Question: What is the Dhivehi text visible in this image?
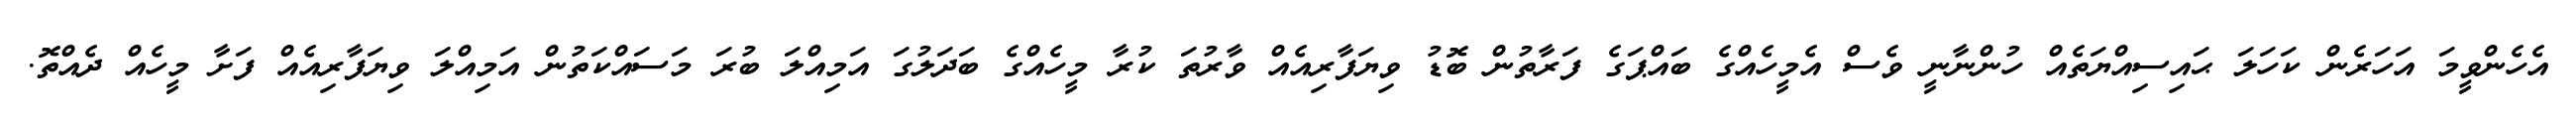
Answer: އެހެންވީމަ އަހަރެން ކަހަލަ ޙައިސިއްޔަތެއް ހުންނާނީ ވެސް އެމީހެއްގެ ބައްޕަގެ ފަރާތުން ބޮޑު ވިޔަފާރިއެއް ވާރުތަ ކުރާ މީހެއްގެ ބަދަލުގަ އަމިއްލަ ބުރަ މަސައްކަތުން އަމިއްލަ ވިޔަފާރިއެއް ފަށާ މީހެއް ދެއްތޮ.